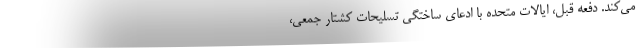
می‌کند. دفعه قبل، ایالات متحده با ادعای ساختگی تسلیحات کشتار جمعی،